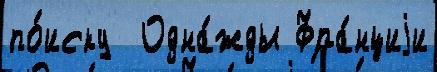
по́иску  Одна́жды Фра́нциjи